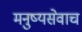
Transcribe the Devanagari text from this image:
मनुष्यसेवाच